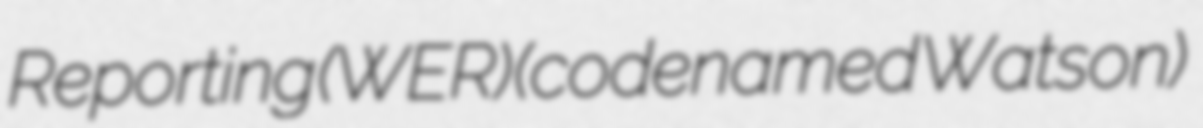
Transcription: Reporting (WER) (codenamed Watson)